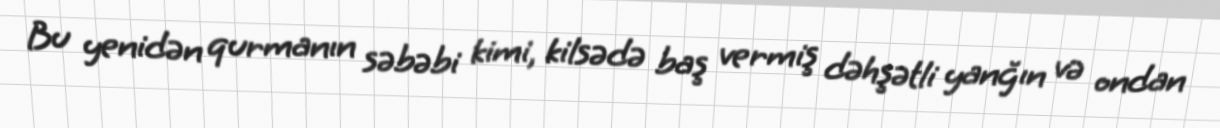
Bu yenidən qurmanın səbəbi kimi, kilsədə baş vermiş dəhşətli yanğın və ondan